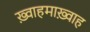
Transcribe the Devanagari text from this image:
ख़्वाहमाख़्वाह